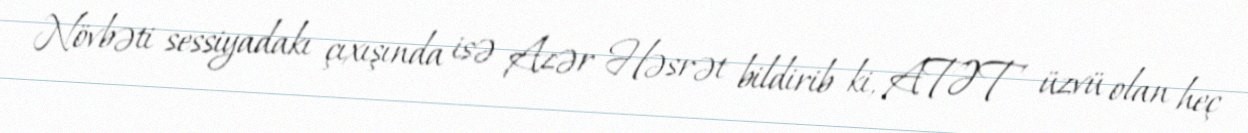
Növbəti sessiyadakı çıxışında isə Azər Həsrət bildirib ki, ATƏT üzvü olan heç